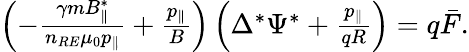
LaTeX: \begin{array}{r}{\left(-\frac{\gamma mB_{\| }^{*}}{n_{RE}\mu_{0}p_{\| }}+\frac{p_{\| }}{B}\right)\left(\Delta^{*}\Psi^{*}+\frac{p_{\| }}{qR}\right)=q\bar{F}.}\end{array}